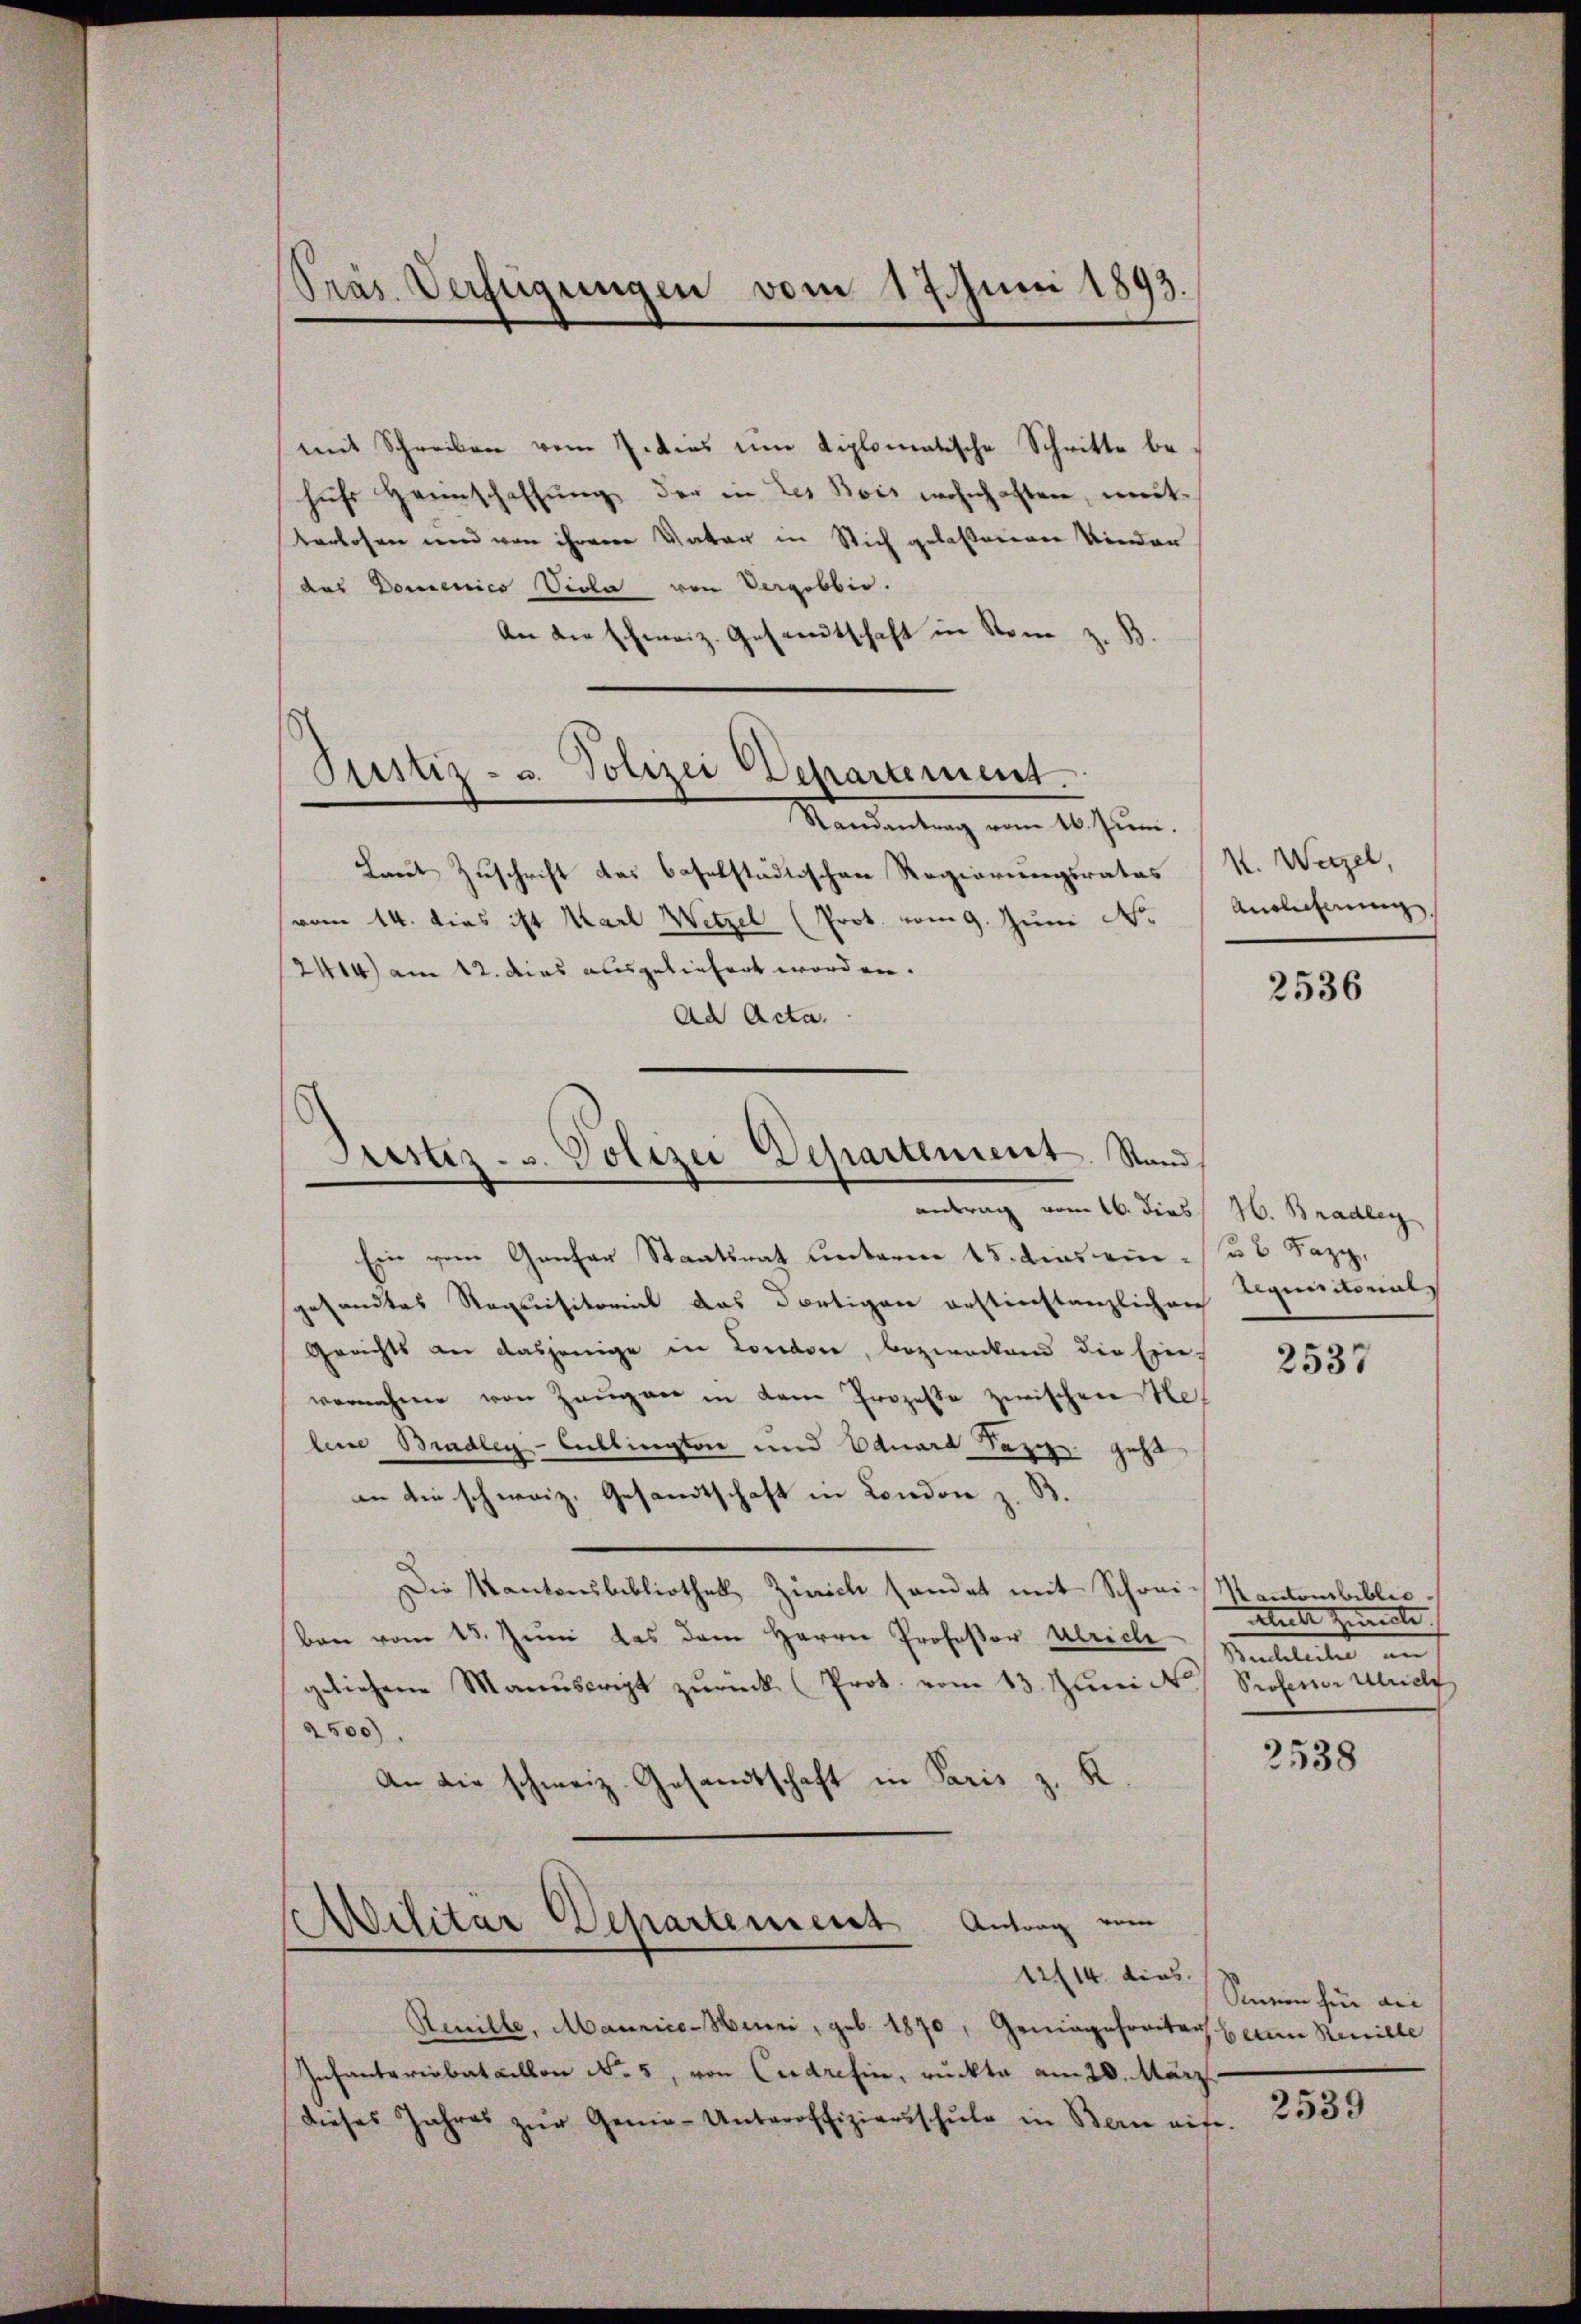
Präs. Verfügungen vom 17. Juni 1893.

mit Schreiben vom 7. dies um diplomatische Schritte behŭfs Hannschaffŭng der in des Bois wohnhaften, mut-
Verlosen und von ihrerer Vater in Stich gelaßenen Kinder
das Domenico Siola von Vergobbio.
An die schweiz. Gesandtschaft in Stom z. B.

Justiz- u. Polizei Dehartement.

Peister- u. Polizei Departement. Stand,
¬
antrag vom 16. Dies H. Bradley

Militar Departement Antrag vom

Mandantung vom 10. Jun.
Laut Zuschrift das baselstädtischen Regierungsrates
vom 14. dies ist Karl Wetzel (Prot. vom 9. Juni Nr.
2414) am 12. dies ausgeliefert worden.
Ad Acta.

Ein vom Genfer Staatsrat unterm 15. dies ein u 6 Sapp,
gesandtes Requisitorial das dortigen erstinstanzlichen
Gerichts an dasjenige in Londore, bezweckend die Ein-
vornehme von Zaugger in dem Prozesse zwischen Hef
leine Bradley-Cullingten und Eduard Papp geht
in die schweiz. Gesandtschaft in London z. B.
Die Kantonsbibliothek Zürich handet mit Schreie Kantonsbiblio
ben vom 13. Juni das dem Herrn Professor Ulriche Wintellte in
geliehene Manuscript zŭrück (Prot. vom 13. Juni d. Professor Kuch
2500)
An die schweiz. Gesandtschaft in Paris z. K

Henille, Mannice-Heuni, geb. 1870, Geningereitag ein Renille
Infanteriebataillon No. 5, von Cudretin, rückte am 20. März
dieses Jahres zŭr Genie-Unteroffiziersschŭle in Bern auf-

1114. dies

k. Weizel,
Aulechnung,

2536

liquisitorials

2537

Muth 2 male |

2538

Snein hin an

2539